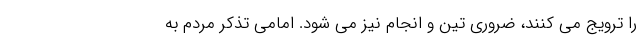
را ترویج می کنند، ضروری تین و انجام نیز می شود. امامی تذکر مردم به